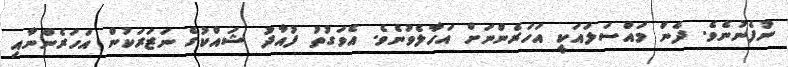
ނުފެނުނެވެ. ދެން މައްސަލައަކީ އަހަރެންނަށް އަހާލެވުނެވެ. އެވަގުތު ފުއާދު ޝައްކުގެ ނަޒަރަކުން އަހަރެންނާއި